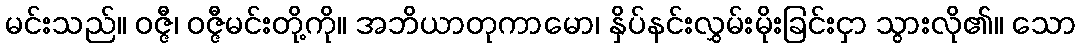
မင်းသည်။ ဝဇ္ဇီ၊ ဝဇ္ဇီမင်းတို့ကို။ အဘိယာတုကာမော၊ နှိပ်နင်းလွှမ်းမိုးခြင်းငှာ သွားလို၏။ သော